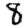
Digit: 8